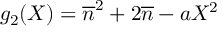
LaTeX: g _ { 2 } ( X ) = \overline { { { n } } } ^ { 2 } + 2 \overline { { { n } } } - a X ^ { 2 }